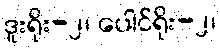
ဒူးရိုး-၂၊ ပေါင်ရိုး-၂၊